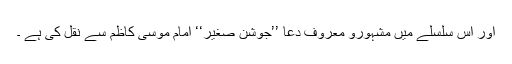
اور اس سلسلے میں مشہورو معروف دعا ’’جوشن صغیر‘‘ امام موسیٰ کاظم ؑسے نقل کی ہے ۔